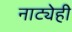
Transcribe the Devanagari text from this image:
नाट्येही